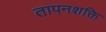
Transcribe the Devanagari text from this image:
तापनशक्ति